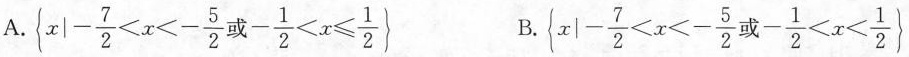
A $$\left\{x|- \frac{7}{2}<x<- \frac{5}{2}或- \frac{1}{2}<x \leqslant \frac{1}{2}\right\}$$ B $$\left\{ x|- \frac{7}{2}<x<- \frac{5}{2}或- \frac{1}{2}<x< \frac{1}{2}\right\}$$